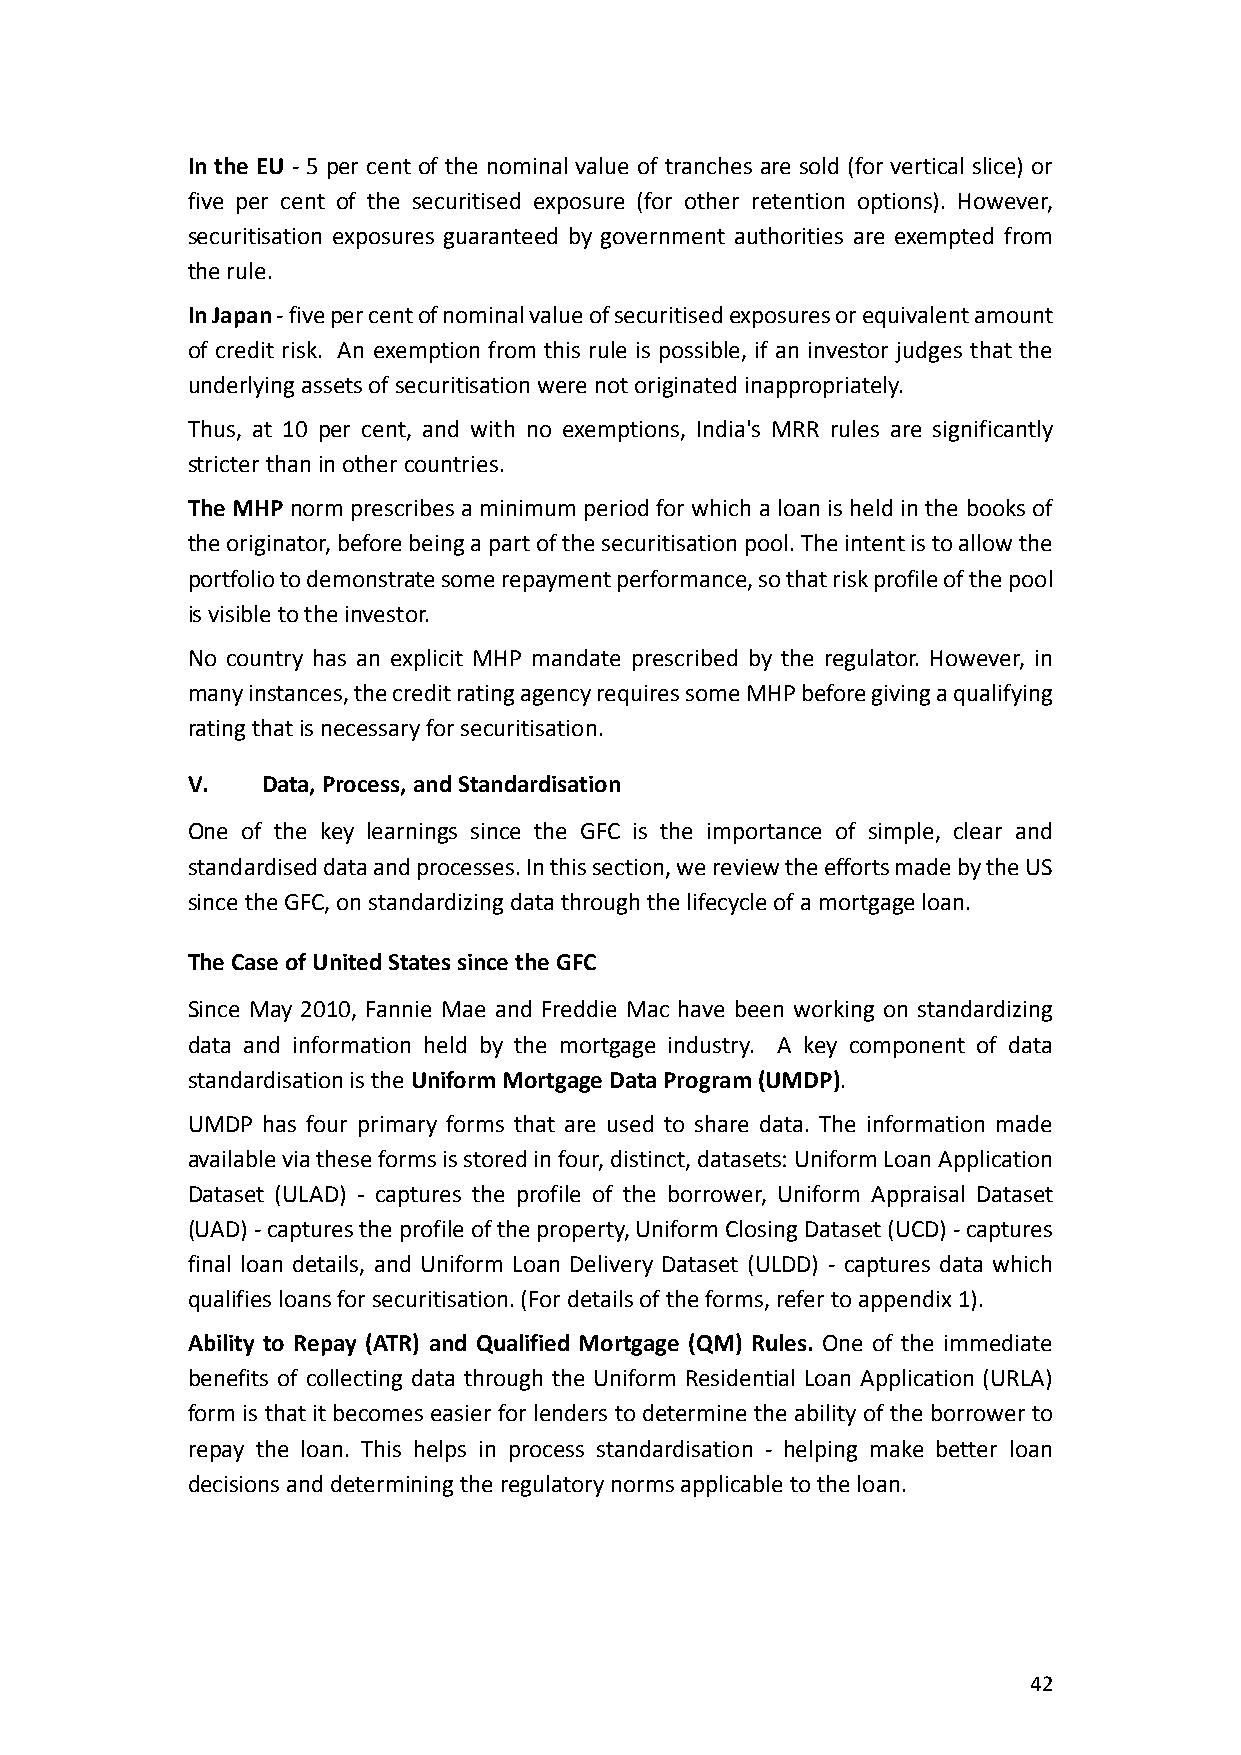
In the EU - 5 per cent of the nominal value of tranches are sold (for vertical slice) or
 five per cent of the securitised exposure (for other retention options). However,
 securitisation exposures guaranteed by government authorities are exempted from
 the rule.
 In Japan - five per cent of nominal value of securitised exposures or equivalent amount
 of credit risk. An exemption from this rule is possible, if an investor judges that the
 underlying assets of securitisation were not originated inappropriately.
 Thus, at 10 per cent, and with no exemptions, India's MRR rules are significantly
 stricter than in other countries.
 The MHP norm prescribes a minimum period for which a loan is held in the books of
 the originator, before being a part of the securitisation pool. The intent is to allow the
 portfolio to demonstrate some repayment performance, so that risk profile of the pool
 is visible to the investor.
 No country has an explicit MHP mandate prescribed by the regulator. However, in
 many instances, the credit rating agency requires some MHP before giving a qualifying
 rating that is necessary for securitisation.
 V.   Data, Process, and Standardisation
 One of the key learnings since the GFC is the importance of simple, clear and
 standardised data and processes. In this section, we review the efforts made by the US
 since the GFC, on standardizing data through the lifecycle of a mortgage loan.
 The Case of United States since the GFC
 Since May 2010, Fannie Mae and Freddie Mac have been working on standardizing
 data and information held by the mortgage industry. A key component of data
 standardisation is the Uniform Mortgage Data Program (UMDP).
 UMDP has four primary forms that are used to share data. The information made
 available via these forms is stored in four, distinct, datasets: Uniform Loan Application
 Dataset (ULAD) - captures the profile of the borrower, Uniform Appraisal Dataset
 (UAD) - captures the profile of the property, Uniform Closing Dataset (UCD) - captures
 final loan details, and Uniform Loan Delivery Dataset (ULDD) - captures data which
 qualifies loans for securitisation. (For details of the forms, refer to appendix 1).
 Ability to Repay (ATR) and Qualified Mortgage (QM) Rules. One of the immediate
 benefits of collecting data through the Uniform Residential Loan Application (URLA)
 form is that it becomes easier for lenders to determine the ability of the borrower to
 repay the loan. This helps in process standardisation - helping make better loan
 decisions and determining the regulatory norms applicable to the loan.
 42